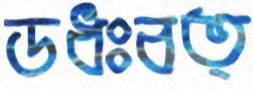
ডধঃবত্